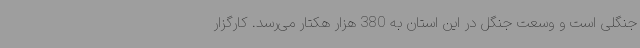
جنگلی است و وسعت جنگل در این استان به 380 هزار هکتار می‌رسد. کارگزار